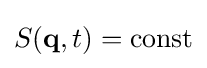
{\textstyle S(\mathbf {q} ,t)={\text{const}}}